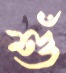
শুঁ